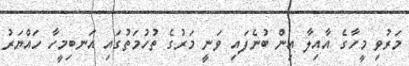
މަރުވި މީހާގެ އާއިލާ އިން ބުނެފައި ވަނީ މަރުގެ ތުހުމަތުގައި އަނބިމީހާ ހައްޔަރު